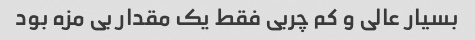
بسیار عالی و کم چربی فقط یک مقدار بی مزه بود